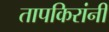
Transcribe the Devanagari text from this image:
तापकिरांनी